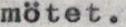
mötet.